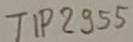
Text: TIP2955